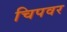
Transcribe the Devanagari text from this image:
चिपवर